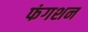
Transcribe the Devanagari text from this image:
फंगशन